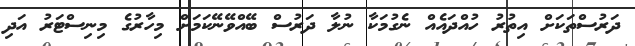
ދަރުސްތަކަށް އިތުރު ހުއްދައެއް ނެގުމަކާ ނުލާ ދަރުސް ބޭއްވޭނޭކަމަށް މިހާރުގެ މިނިސްޓަރު އަދި